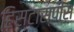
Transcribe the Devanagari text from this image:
हिस्टास्पीस